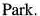
Park.